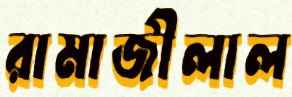
রামাজীলাল